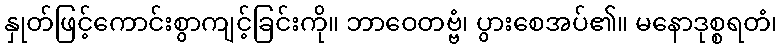
နှုတ်ဖြင့်ကောင်းစွာကျင့်ခြင်းကို။ ဘာဝေတဗ္ဗံ၊ ပွားစေအပ်၏။ မနောဒုစ္စရတံ၊